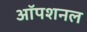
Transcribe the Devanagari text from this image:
ऑपशनल